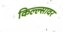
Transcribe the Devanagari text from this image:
किल्ल्सावर